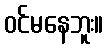
ဝင်မနေဘူး။